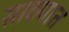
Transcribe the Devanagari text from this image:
साठयात